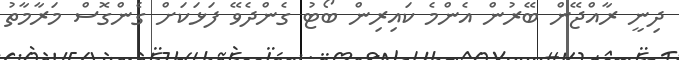
ދިނީ ރާއްޖޭން ބޭރުން އެންމެ ކައިރިން ބޯޓު ގެންދެވޭ ފަޅަކަށް ގެންގޮސް މަރާމާތު